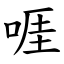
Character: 啀